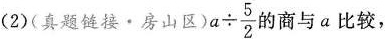
(2)(真题链接·房山区)$$a \div \frac{5}{2}$$的商与a比较，